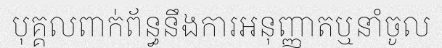
បុគ្គលពាក់ព័ន្ធនឹងការអនុញ្ញាតឬនាំចូល